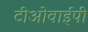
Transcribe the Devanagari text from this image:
टीओवाईपी